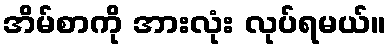
အိမ်စာကို အားလုံး လုပ်ရမယ်။